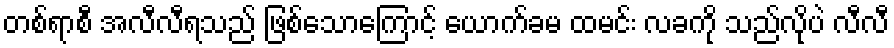
တစ်ရာစီ အလီလီရသည် ဖြစ်သောကြောင့် ယောက်ခမ ထမင်း လခကို သည်လိုပဲ လီလီ